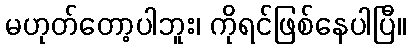
မဟုတ်တော့ပါဘူး၊ ကိုရင်ဖြစ်နေပါပြီ။